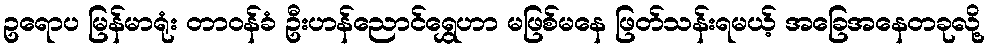
ဥရောပ မြန်မာရုံး တာဝန်ခံ ဦးဟန်ညောင်ရွှေဟာ မဖြစ်မနေ ဖြတ်သန်းရမယ့် အခြေအနေတခုလို့